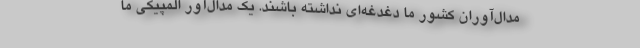
مدال‌آوران کشور ما دغدغه‌ای نداشته باشند. یک مدال‌آور المپیکی ما